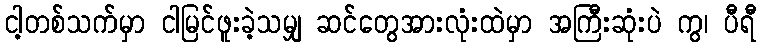
ငါ့တစ်သက်မှာ ငါမြင်ဖူးခဲ့သမျှ ဆင်တွေအားလုံးထဲမှာ အကြီးဆုံးပဲ ကွ၊ ပီရီ